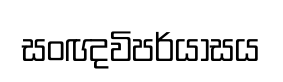
සංඥවිපර්යාසය